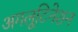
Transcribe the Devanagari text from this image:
अगलूटिनेशन